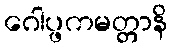
ဂေါပ္ဖကမတ္တာနိ